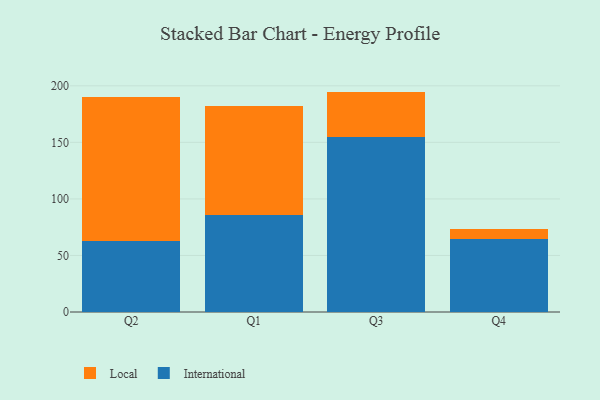
{"axis": {"x": "Quarter", "y": "Headcount"}, "legend": ["International", "Local"], "data": [{"x": "Q2", "y": 62.6, "type": "International"}, {"x": "Q2", "y": 127.6, "type": "Local"}, {"x": "Q1", "y": 86.0, "type": "International"}, {"x": "Q1", "y": 95.9, "type": "Local"}, {"x": "Q3", "y": 154.5, "type": "International"}, {"x": "Q3", "y": 40.4, "type": "Local"}, {"x": "Q4", "y": 65.0, "type": "International"}, {"x": "Q4", "y": 8.7, "type": "Local"}]}